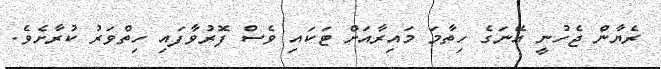
ރެޔާން ޖެހުނީ އޭނަގެ ހިތާމަ މައިރާއަށް ޓަކައި ވެސް ފޮރުވާފައި ހިތްވަރު ކުރާށެވެ.